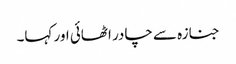
جنازہ سے چادر اٹھائی اور کہا۔